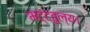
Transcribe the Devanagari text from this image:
भट्टतुल्य।